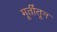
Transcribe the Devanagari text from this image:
मूर्तीतून